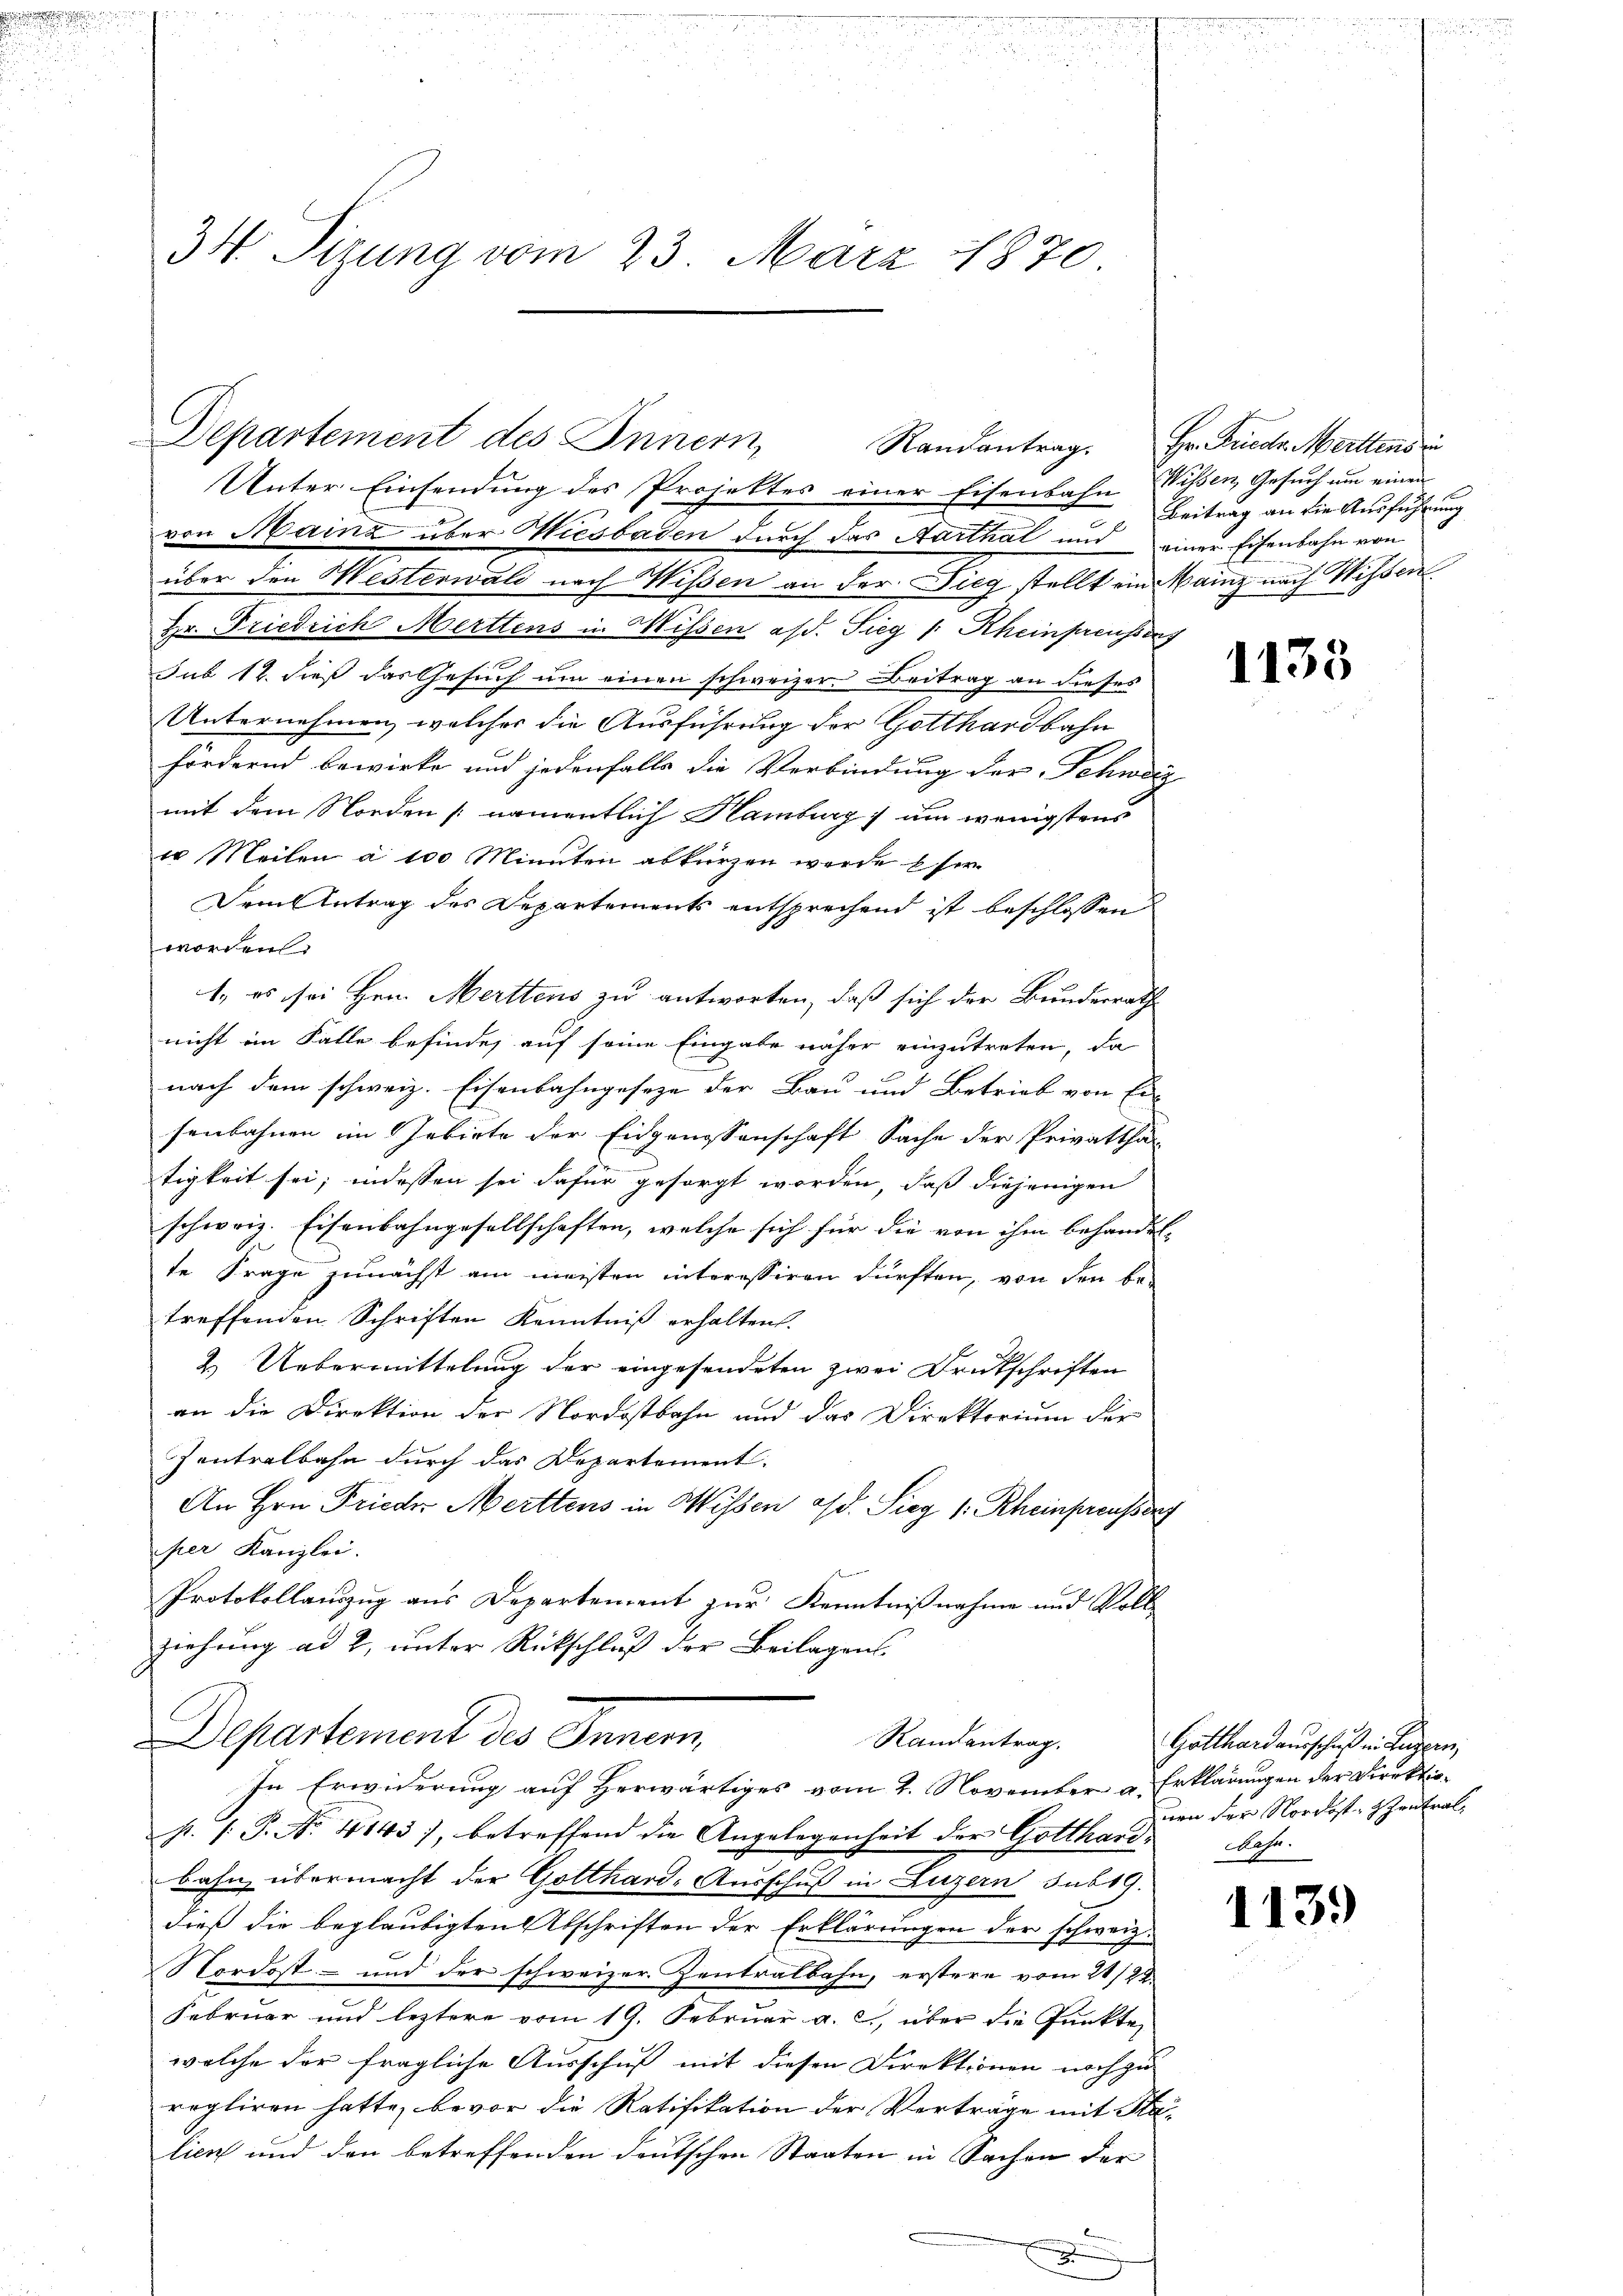
e
2

d
e
34. Sizung vom 23. März 1870

Unter Einsendung des Projektes einer Eisenbahn Wissen, Gesuch um einen
von Mainz über Miesbaden durch das Aarthal und einer Eisenbahn von
über den Mesterwald nach Wissen an der Dieg stellt ein Mainz nach Wissen
Hr. Friedrich Merttens in Wissen oft. Sieg /: Rheinpreussens
Jub 12. dieß das Gesuch um einen schweizer. Beitrag an dieses
Unternehmen, welcher die Ausführung der Gotthardbahn
fördernd bewirke und jedenfalls die Verbindung der Schweiz
mit dem Norden [namentlich Hamburg) um wenigstens
u Meilen à 100 Minuten abkürzen werde ser
Dem Antrag des Departements entsprechend ist beschlossen
worden.
1. es sei Hrn. Merttens zu antworten, daß sich der Bundesrath
nicht im Falle befinde, auf seine Eingabe näher einzutreten, da
nach dem schweiz. Eisenbahngeseze der Bau und Betrieb von Er
senbahnen im Gebirte der Eidgenossenschaft Sache der Privattha
tigkeit sei; indessen sei dafür gesorgt worden, daß diejenigen
schweiz. Eisenbahngesellschaften, welche sich für die von ihm behandelte Frage zunächst am meisten interessiren dürften, von den be-
treffenden Schriften Kenntniß erhalten.
2. Uebermittelung der eingesendeten zwei Druckschriften
an die Direktion der Nordostbahn und das Direktorium der
Zentralbahn durch das Departement.
An Hrn. Frieder Merttens in Wissen a/d. Sieg (: Rheinpreusserg
per Kanzlei.
Protokollauszug aus Departement zur Kenntnißnahme und Voll
ziehung ad 2, unter Rückschluß der Beilagens¬
Departement des Inner
Randantrag.
In Erwiderung auf Herwärtiges vom 2. November a. Erklärungen der Direktiop. P. Nr. 4143), betreffend die Angelegenheit der Gotthardbahn.
bahn übermacht der Gotthard-Ausschuß in Luzern sub 19.
dieß die beglaubigten Abschriften der Erklärungen der schweiz.
Nordost- und der schweizer Zentralbahn, erstere vom 21/22.
Februar und leztere vom 19. Februar a. c., über die Punkte,
welche der fragliche Ausschuß mit diesen Direktionen noch zu
regliren hatte, bevor die Ratifikation der Verträge mit Sta
lien und den betreffenden deutschen Staaten in Sachen der
d

Departement des Innern,

Randantrag. Hr. Friedr. Meittens u
Beitrag an die Ausführung

1133

Gotthard ausschuß in Luzern,
nen der Nordost- Szentral¬

1139